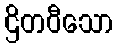
ဌိတဝီသော